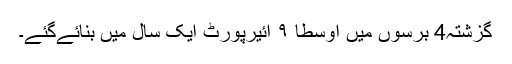
گزشتہ4 برسوں میں اوسطاً ٩ ائیرپورٹ ایک سال میں بنائےگئے۔